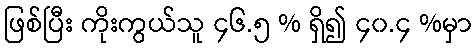
ဖြစ်ပြီး ကိုးကွယ်သူ ၄၆.၅ % ရှိ၍ ၄၀.၄ %မှာ